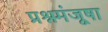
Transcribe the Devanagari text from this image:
प्रश्नमंजूषा